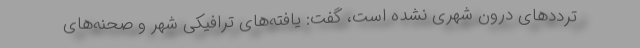
ترددهای درون شهری نشده است، گفت: یافته‌های ترافیکی شهر و صحنه‌های